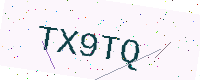
Text: TX9TQ